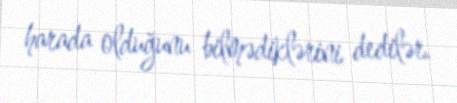
harada olduğunu bilmədiklərini dedilər.